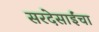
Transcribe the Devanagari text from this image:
सरदेसाईंचा